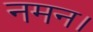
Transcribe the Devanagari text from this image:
नमन।